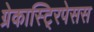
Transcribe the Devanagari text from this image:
ग्रेकास्टि्रपेसस